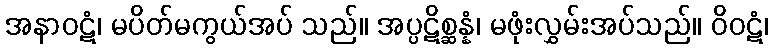
အနာဝဋံ၊ မပိတ်မကွယ်အပ် သည်။ အပ္ပဋိစ္ဆန္နံ၊ မဖုံးလွှမ်းအပ်သည်။ ဝိဝဋံ၊